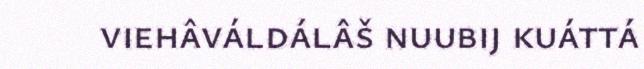
viehâváldálâš nuubij kuáttá